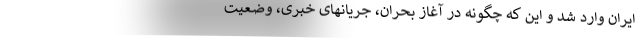
ایران وارد شد و این که چگونه در آغازِ بحران، جریانهای خبری، وضعیت